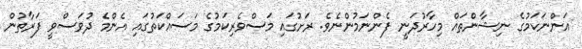
އަންނަކަމުގެ ނިޝާންތައް މިހާރުދަނީ ފެންނަމުންނެވެ. ރަށުގައި މަސްވެރިކަމުގެ މަސައްކަތުގައި އެންމެ ދުވަސްވީ ފަރާތުން